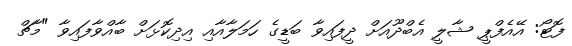
ފޮޓޯ: އޭއެފްޕީ ޝާލީ އެބްދޫއަށް ދީފައިވާ ބަޑީގެ ހަމަލާއާއި އިދިކޮޅަށް ބާއްވާފައިވާ "މާޗް